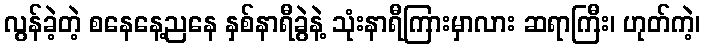
လွန်ခဲ့တဲ့ စနေနေ့ညနေ နှစ်နာရီခွဲနဲ့ သုံးနာရီကြားမှာလား ဆရာကြီး၊ ဟုတ်ကဲ့၊